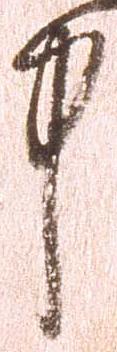
中